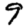
Digit: 9